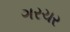
ગરચર